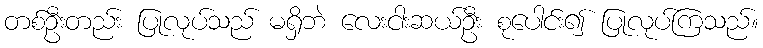
တစ်ဦးတည်း ပြုလုပ်သည် မရှိဘဲ လေးငါးဆယ်ဦး စုပေါင်း၍ ပြုလုပ်ကြသည်။